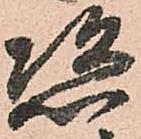
恣